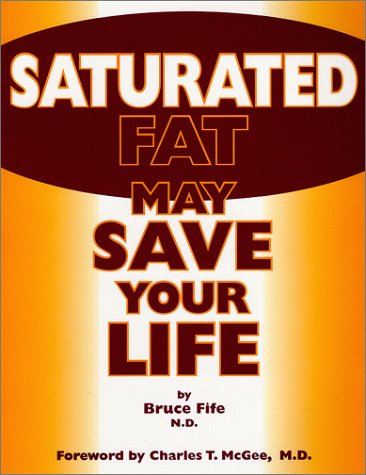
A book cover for Saturated Fat May Save Your Life; Bruce Fife; Health, Fitness & Dieting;